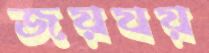
জয়যয়